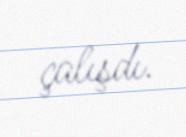
çalışdı.